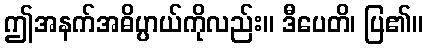
ဤအနက်အဓိပ္ပာယ်ကိုလည်း။ ဒီပေတိ၊ ပြ၏။